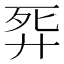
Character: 𢍈